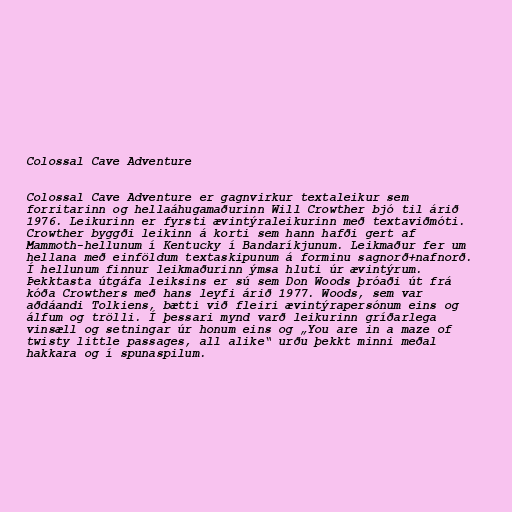
Colossal Cave Adventure

Colossal Cave Adventure er gagnvirkur textaleikur sem
forritarinn og hellaáhugamaðurinn Will Crowther bjó til árið
1976. Leikurinn er fyrsti ævintýraleikurinn með textaviðmóti.
Crowther byggði leikinn á korti sem hann hafði gert af
Mammoth-hellunum í Kentucky í Bandaríkjunum. Leikmaður fer um
hellana með einföldum textaskipunum á forminu sagnorð+nafnorð.
Í hellunum finnur leikmaðurinn ýmsa hluti úr ævintýrum.
Þekktasta útgáfa leiksins er sú sem Don Woods þróaði út frá
kóða Crowthers með hans leyfi árið 1977. Woods, sem var
aðdáandi Tolkiens, bætti við fleiri ævintýrapersónum eins og
álfum og trölli. Í þessari mynd varð leikurinn gríðarlega
vinsæll og setningar úr honum eins og „You are in a maze of
twisty little passages, all alike“ urðu þekkt minni meðal
hakkara og í spunaspilum.